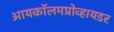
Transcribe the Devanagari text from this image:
आयकॉलमप्रोव्हायडर